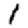
Digit: 1